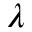
\lambda